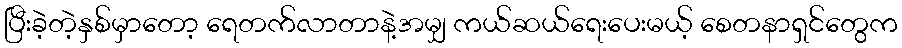
ပြီးခဲ့တဲ့နှစ်မှာတော့ ရေတက်လာတာနဲ့အမျှ ကယ်ဆယ်ရေးပေးမယ့် စေတနာရှင်တွေက